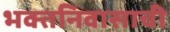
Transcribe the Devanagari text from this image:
भक्तनिवासाची